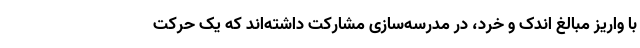
با واریز مبالغ اندک و خرد، در مدرسه‌سازی مشارکت داشته‌اند که یک حرکت